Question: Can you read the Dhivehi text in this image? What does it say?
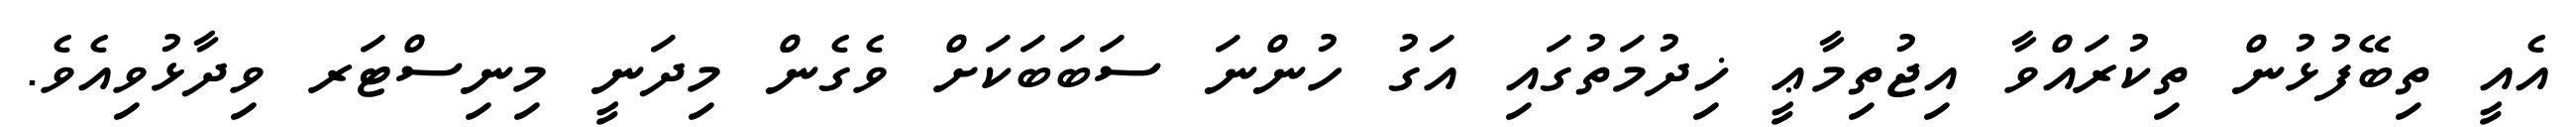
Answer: އެއީ ތިބޭފުޅުން ތިކުރައްވާ އިޖުތިމާޢީ ޚިދުމަތުގައި އަގު ހުންނަ ސަބަބަކަށް ވެގެން މިދަނީ މިނިސްޓަރ ވިދާޅުވިއެވެ.